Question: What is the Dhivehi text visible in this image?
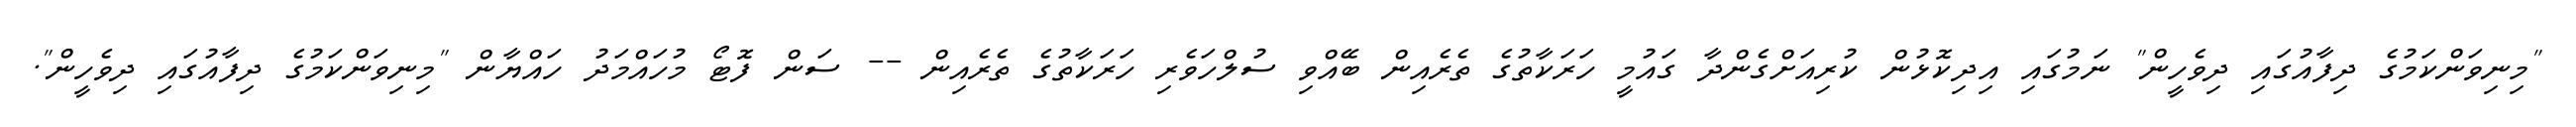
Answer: "މިނިވަންކަމުގެ ދިފާއުގައި ދިވެހީން" ނަމުގައި އިދިކޮޅުން ކުރިއަށްގެންދާ ގައުމީ ހަރަކާތުގެ ތެރެއިން ބޭއްވި ސުލްހަވެރި ހަރަކާތުގެ ތެރެއިން -- ސަން ފޮޓޯ މުހައްމަދު ހައްޔާން "މިނިވަންކަމުގެ ދިފާއުގައި ދިވެހީން".